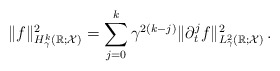
\begin{align*}\Vert f\Vert_{H^k_\gamma(\mathbb R; \mathcal X)}^2=\sum\limits_{j=0}^k\gamma^{2(k-j)}\Vert\partial^j_t f\Vert^2_{L^2_\gamma(\mathbb R; \mathcal X)}\,.\end{align*}